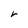
Character: r